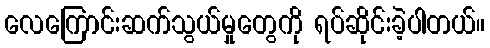
လေကြောင်းဆက်သွယ်မှုတွေကို ရပ်ဆိုင်းခဲ့ပါတယ်။